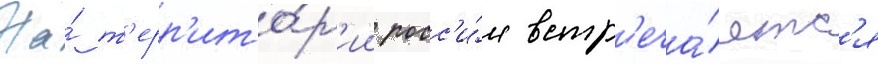
На́ т'ерр'ито́р'ии росс'и́и встр'еча́етс'я